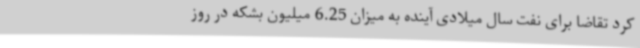
کرد تقاضا برای نفت سال میلادی آینده به میزان 6.25 میلیون بشکه در روز